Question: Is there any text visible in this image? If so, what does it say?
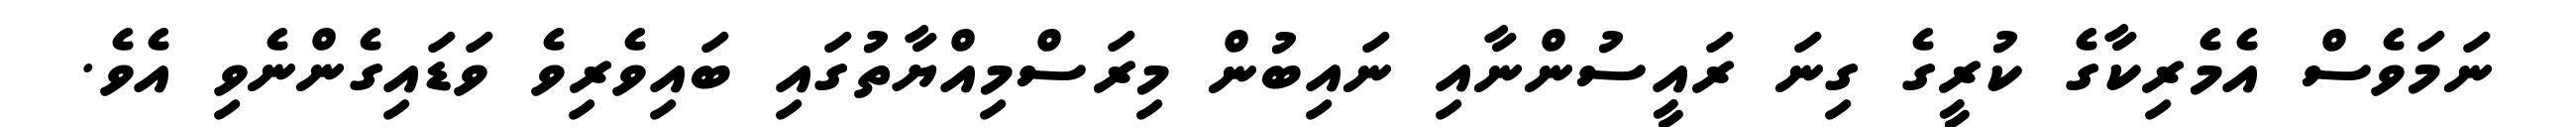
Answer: ނަމަވެސް އެމެރިކާގެ ކުރީގެ ގިނަ ރައީސުންނާއި ނައިބުން މިރަސްމިއްޔާތުގައި ބައިވެރިވެ ވަޑައިގެންނެވި އެވެ.